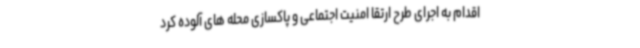
اقدام به اجرای طرح ارتقا امنیت اجتماعی و ‌پاکسازی محله های آلوده کرد